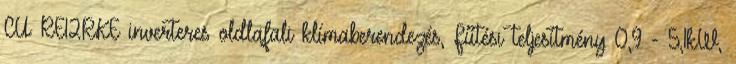
CU‐RE12RKE inverteres oldlafali klímaberendezés, Fűtési teljesítmény 0,9 - 5,1kW,